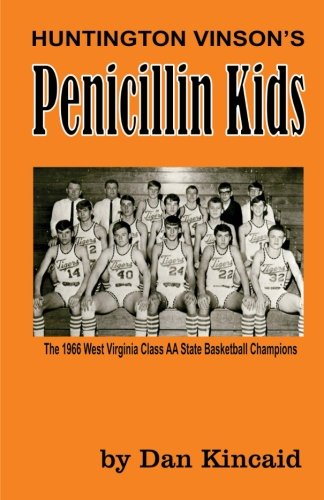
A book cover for Penicillin Kids; Dan Kincaid; Sports & Outdoors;